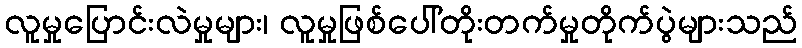
လူမှုပြောင်းလဲမှုများ၊ လူမှုဖြစ်ပေါ်တိုးတက်မှုတိုက်ပွဲများသည်